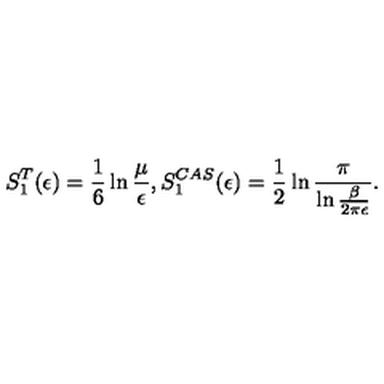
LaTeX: S _ { 1 } ^ { T } ( \epsilon ) = \frac 1 6 \ln { \frac { \mu } { \epsilon } } , S _ { 1 } ^ { C A S } ( \epsilon ) = \frac 1 2 \ln { \frac { \pi } { \ln { \frac { \beta } { 2 \pi \epsilon } } } } .